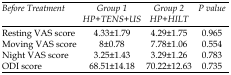
| Before Treatment | Group 1 HP+TENS+US | Group 2 HP+HILT | P value |
 | --- | --- | --- | --- |
 | Resting VAS score | 4.33±1.79 | 4.29±1.75 | 0.965 |
 | Moving VAS score | 8±0.78 | 7.78±1.06 | 0.554 |
 | Night VAS score | 3.25±1.43 | 3.29±1.26 | 0.783 |
 | ODI score | 68.51±14.18 | 70.22±12.63 | 0.735 |